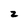
Character: z